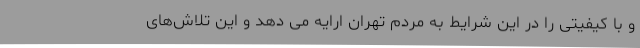
و با کیفیتی را در این شرایط به مردم تهران ارایه می دهد و این تلاش‌های